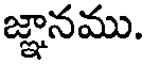
జ్ఞానము.